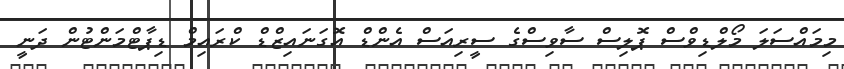
މިމައްސަލަ މޯލްޑިވްސް ޕޮލިސް ސާވިސްގެ ސީރިއަސް އެންޑް އޮގަނައިޒްޑް ކްރައިމް ޑިޕާޓްމަންޓުން ދަނީ